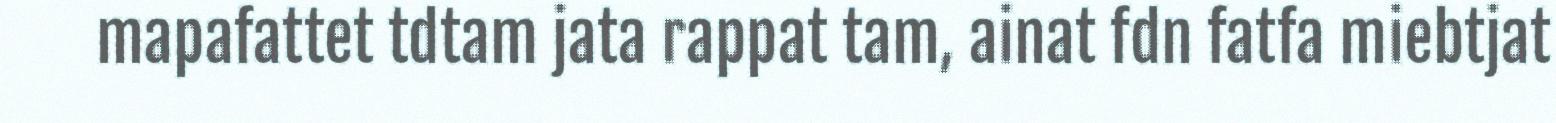
mapafattet tdtam jata rappat tam, ainat fdn fatfa miebtjat